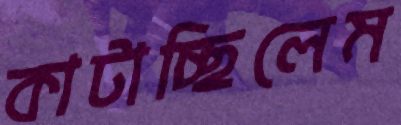
কাটাচ্ছিলেম